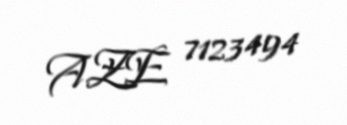
AZE 7123494